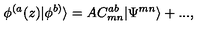
\phi ^ { ( a } ( z ) | \phi ^ { b ) } \rangle = A C _ { m n } ^ { a b } | \Psi ^ { m n } \rangle + . . . ,